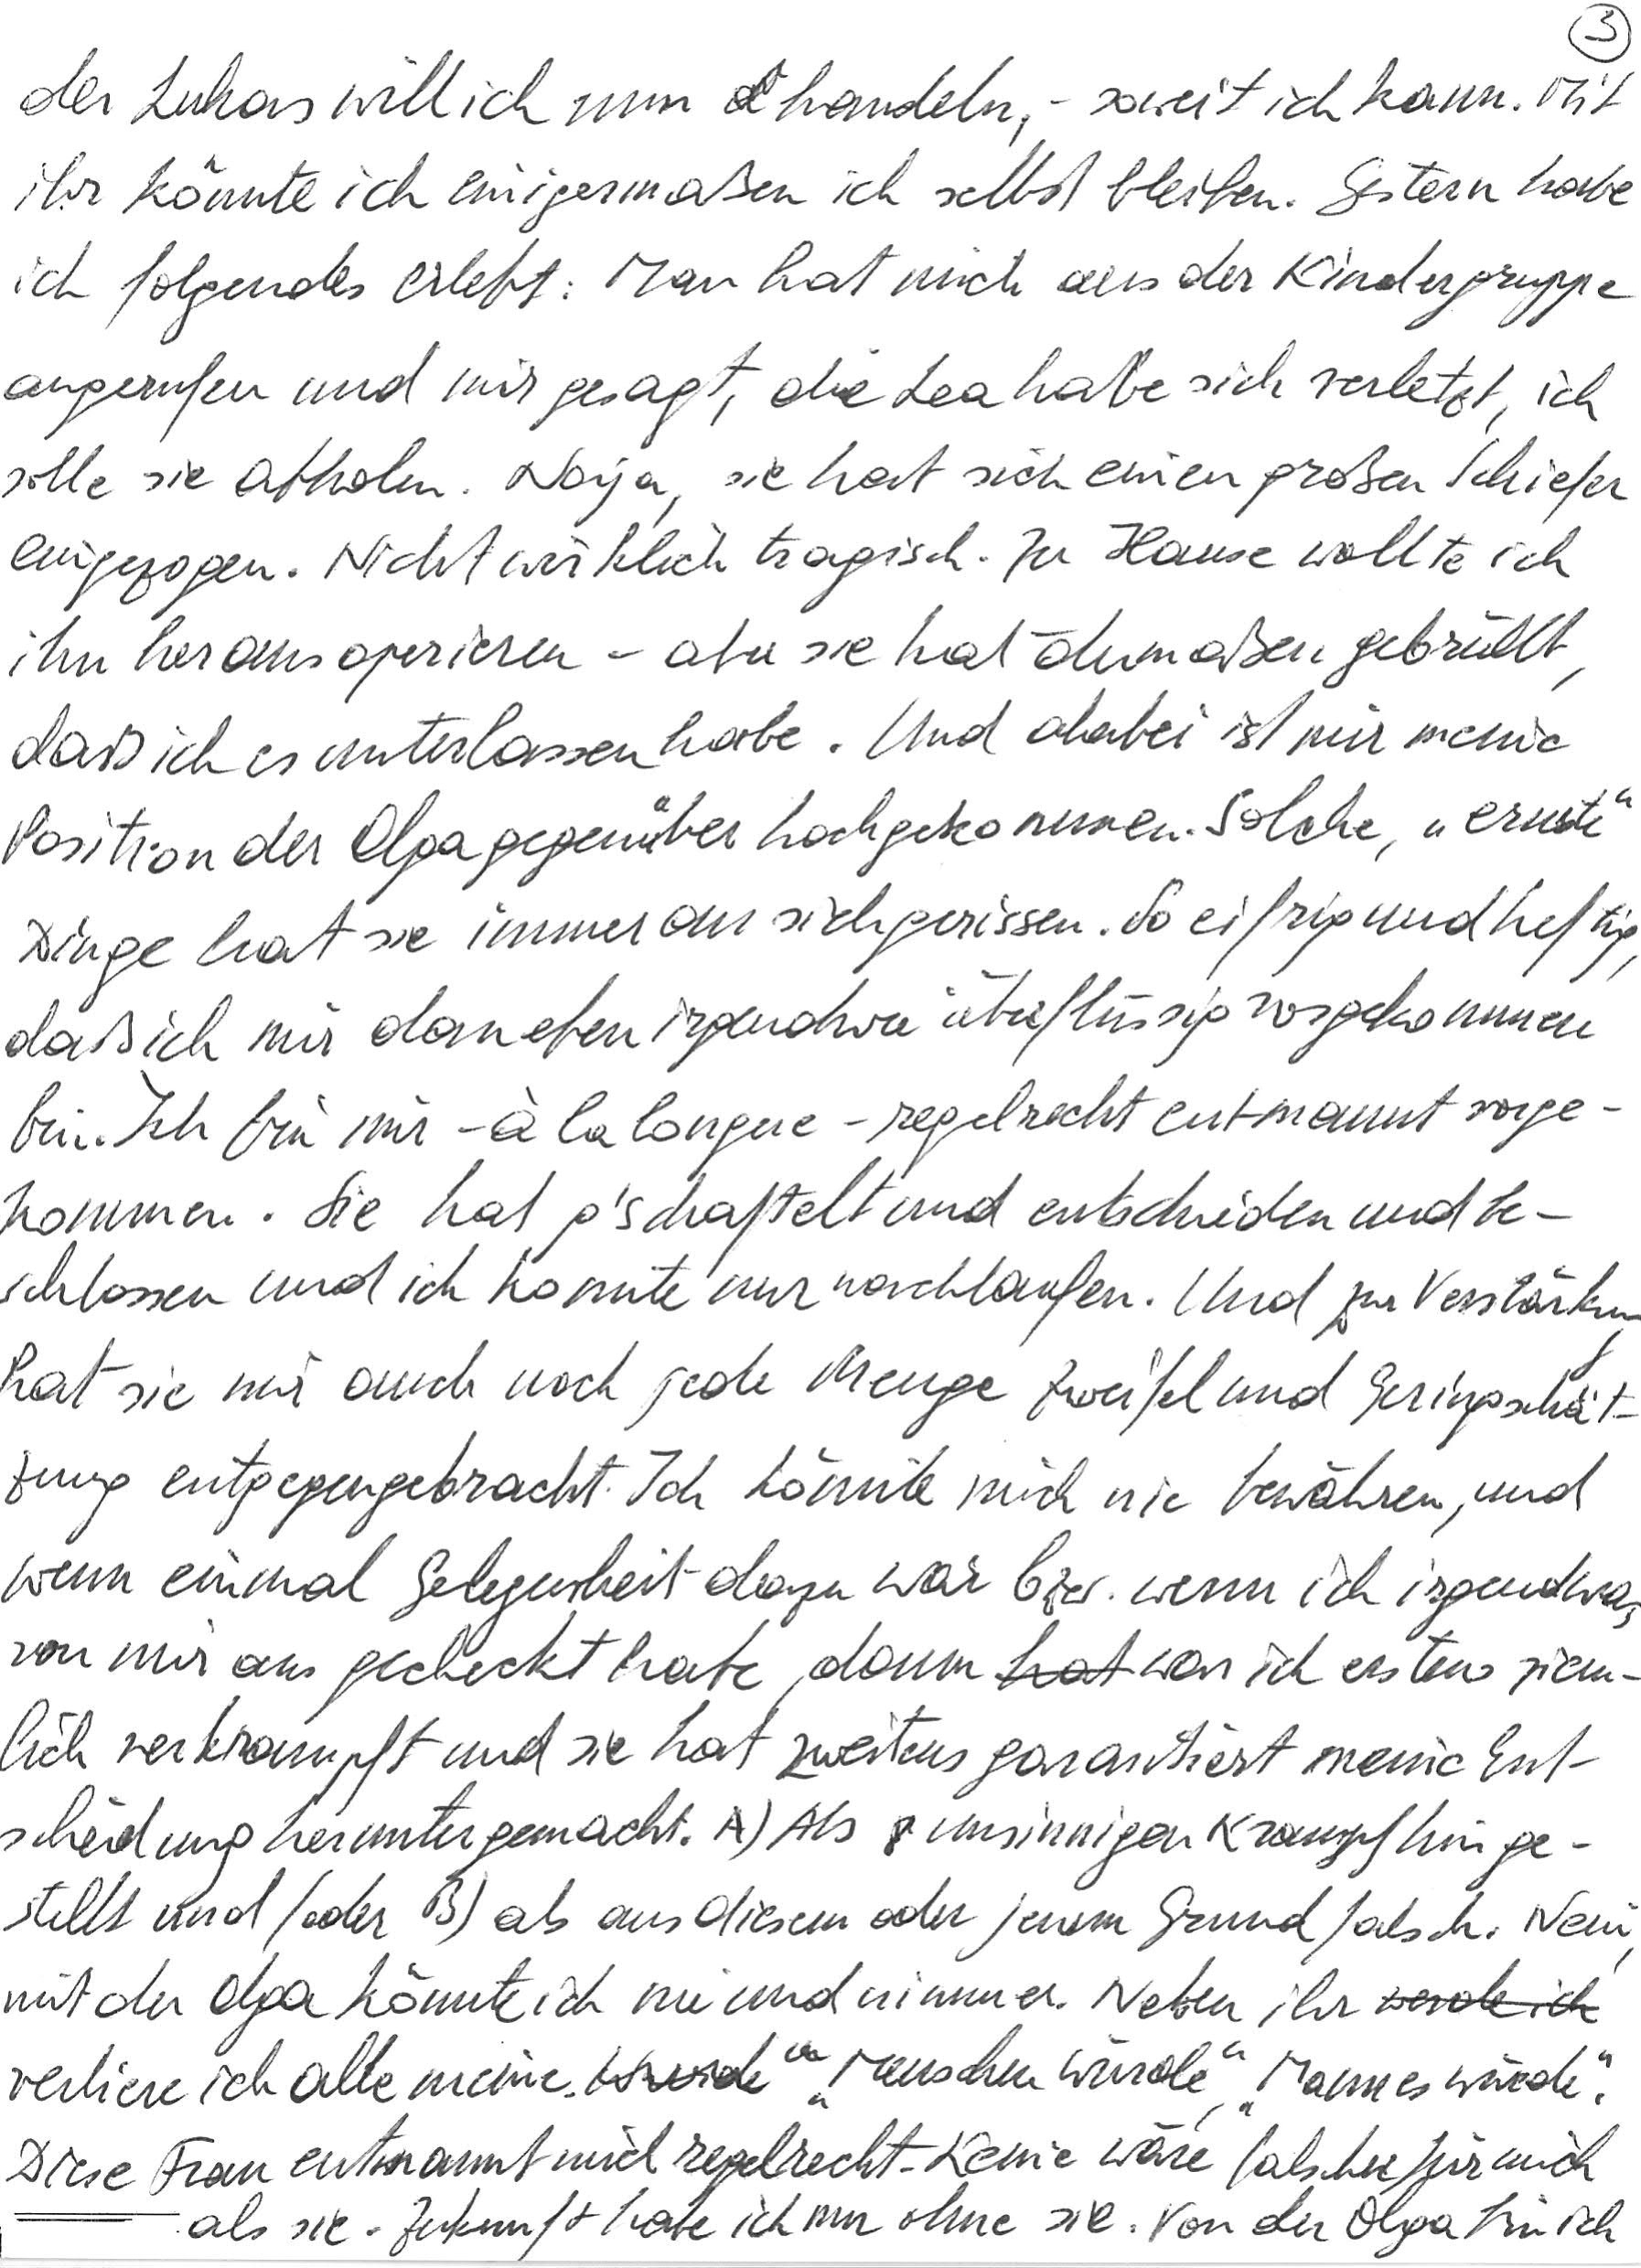
der Lukas will ich nun handeln, – soweit ich kann. Mit
ihr könnte ich einigermaßen ich selbst bleiben. Gestern habe
ich folgendes erlebt: Man hat mich aus der Kindergruppe
angerufen und mir gesagt, die Lea habe sich verletzt, ich
solle sie abholen. Naja, sie hat sich einen großen Schiefer
eingezogen. Nicht wirklich tragisch. Zu Hause wollte ich
ihn herausoperieren – aber sie hat dermaßen gebrüllt,
daß ich es unterlassen habe. Und dabei ist mir meine
Position der Olga gegenüber hochgekommen. Solche, „ernste“
Dinge hat sie immer an sich gerissen. So eifrig und heftig,
daß ich mir daneben irgendwie überflüssig vorgekommen
bin. Ich bin mir – à la longue – regelrecht entmannt vorge-
kommen. Sie hat g’schaftelt und entschieden und be-
schlossen und ich konnte nur nachlaufen. Und zur Verstärkung
hat sie mir auch noch jede Menge Zweifel und Geringschät-
zung entgegengebracht. Ich konnte mich nie bewähren, und
wenn einmal Gelegenheit dazu war bzw. wenn ich irgendwas
von mir aus gecheckt habe, dann war ich erstens ziem-
lich verkrampft und sie hat zweitens garantiert meine Ent-
scheidung heruntergemacht. A) Als unsinnigen Krampf hinge-
stellt und/oder B) als aus diesem oder jenem Grund falsch. Nein,
mit der Olga könnte ich nie und nimmer. Neben ihr
verliere ich alle meine „Menschenwürde“, „Manneswürde“.
Diese Frau entmannt mich regelrecht. Keine wäre falscher für mich
als sie. Zukunft habe ich nur ohne sie. Von der Olga bin ich